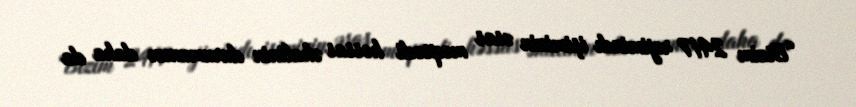
“Bizim 24/7 rejimindı işimizin əsas məqsədi həssas əhalinin durumunun daha da